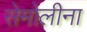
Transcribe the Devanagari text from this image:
सेमोलीना